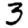
Digit: 3